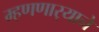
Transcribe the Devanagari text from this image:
म्हणणार्‍याने